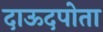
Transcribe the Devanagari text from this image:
दाऊदपोता